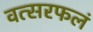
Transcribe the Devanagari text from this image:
वत्सरफलं